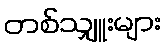
တစ်သျှူးများ